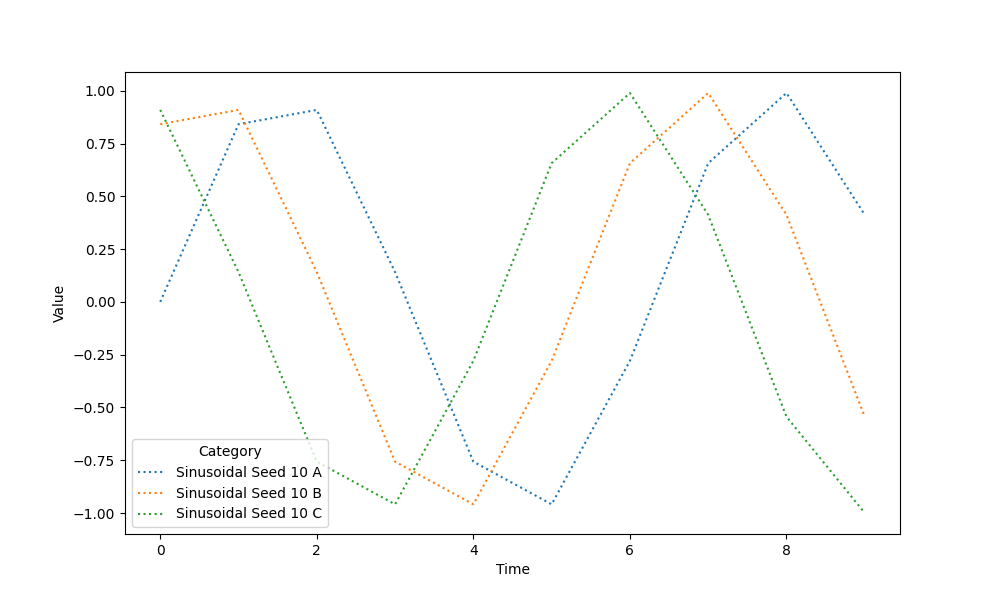
python, seaborn, lineplot, style='dotted', marker='None'